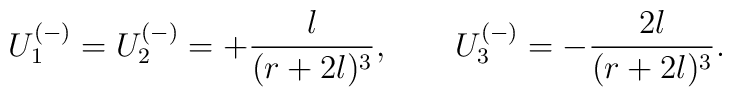
U_1^{(-)}=U_2^{(-)}=+\frac{l}{(r+2l)^3},\qquad U_3^{(-)}=-\frac{2l}{(r+2l)^3}.